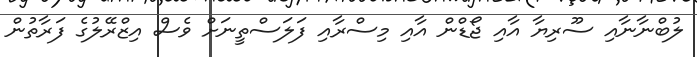
ލުބްނާނާއި ސޫރިޔާ އާއި ޖޯޑްން އާއި މިސްރާއި ފަލަސްތީނަށް ވެސް އިޒްރޭލުގެ ފަރާތުން